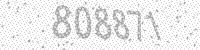
Solution: 808871